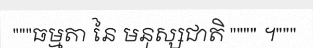
"""ធម្មតា នៃ មនុស្សជាតិ """" ។"""